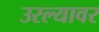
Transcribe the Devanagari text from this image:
उरल्यावर